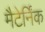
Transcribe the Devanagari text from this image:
मैटेर्निंक